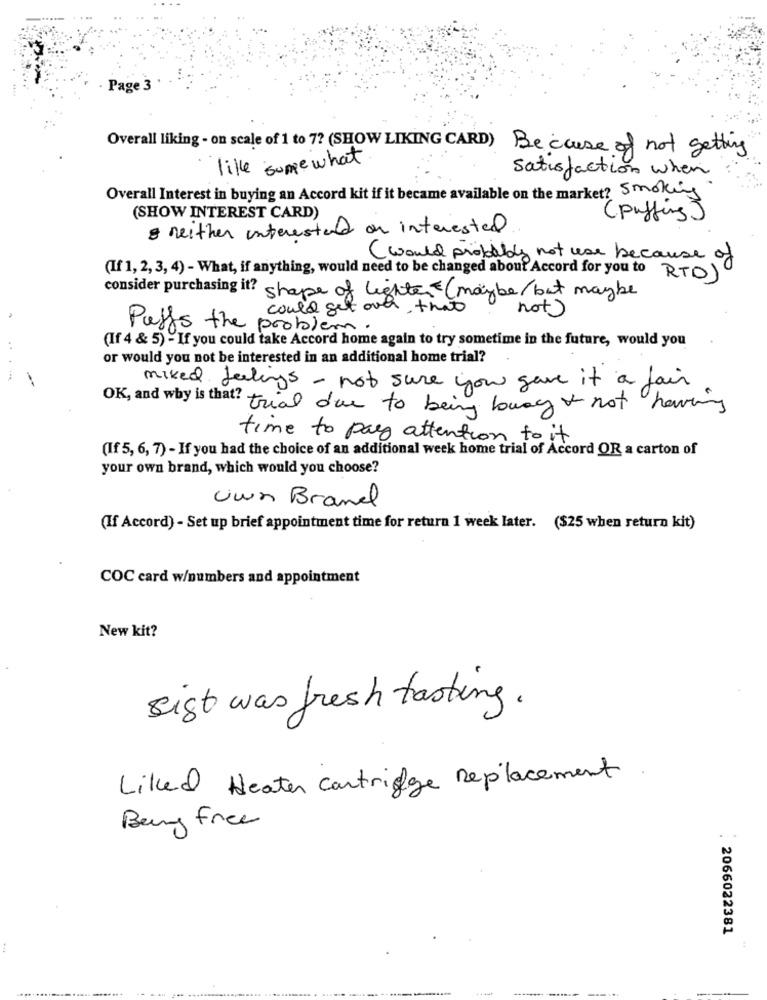
Page 3
Overall liking - on scale of 1 to 7? (SHOW LIKING CARD) Because of not getting
like some what
satisfaction when
Overall Interest in buying an Accord kit if it became available on the market? Smoking
(SHOW INTEREST CARD)
(puffing )
& neither interested on interested
( would probably not use because o
(If 1, 2, 3, 4) - What, if anything, would need to be changed about Accord for you to
RTD)
consider purchasing it? shape of lighte (maybe but maybe
could get over that
not
Puffs the problem
(If 4 & 5) - If you could take Accord home again to try sometime in the future, would you
or would you not be interested in an additional home trial?
mixed feelings - not sure you gave it a fair
OK, and why is that? trial due to being bung & not having
time to pay attention to it
(If 5, 6, 7) - If you had the choice of an additional week home trial of Accord OR a carton of
your own brand, which would you choose?
Uwn Brand
(If Accord) - Set up brief appointment time for return 1 week later. ($25 when return kit)
COC card w/numbers and appointment
New kit?
sigt was fresh tasting.
Liked Heater Cartridge Replacement .
Being free
2066022381